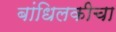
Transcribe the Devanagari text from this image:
बांधिलकीचा